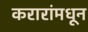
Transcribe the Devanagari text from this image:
करारांमधून